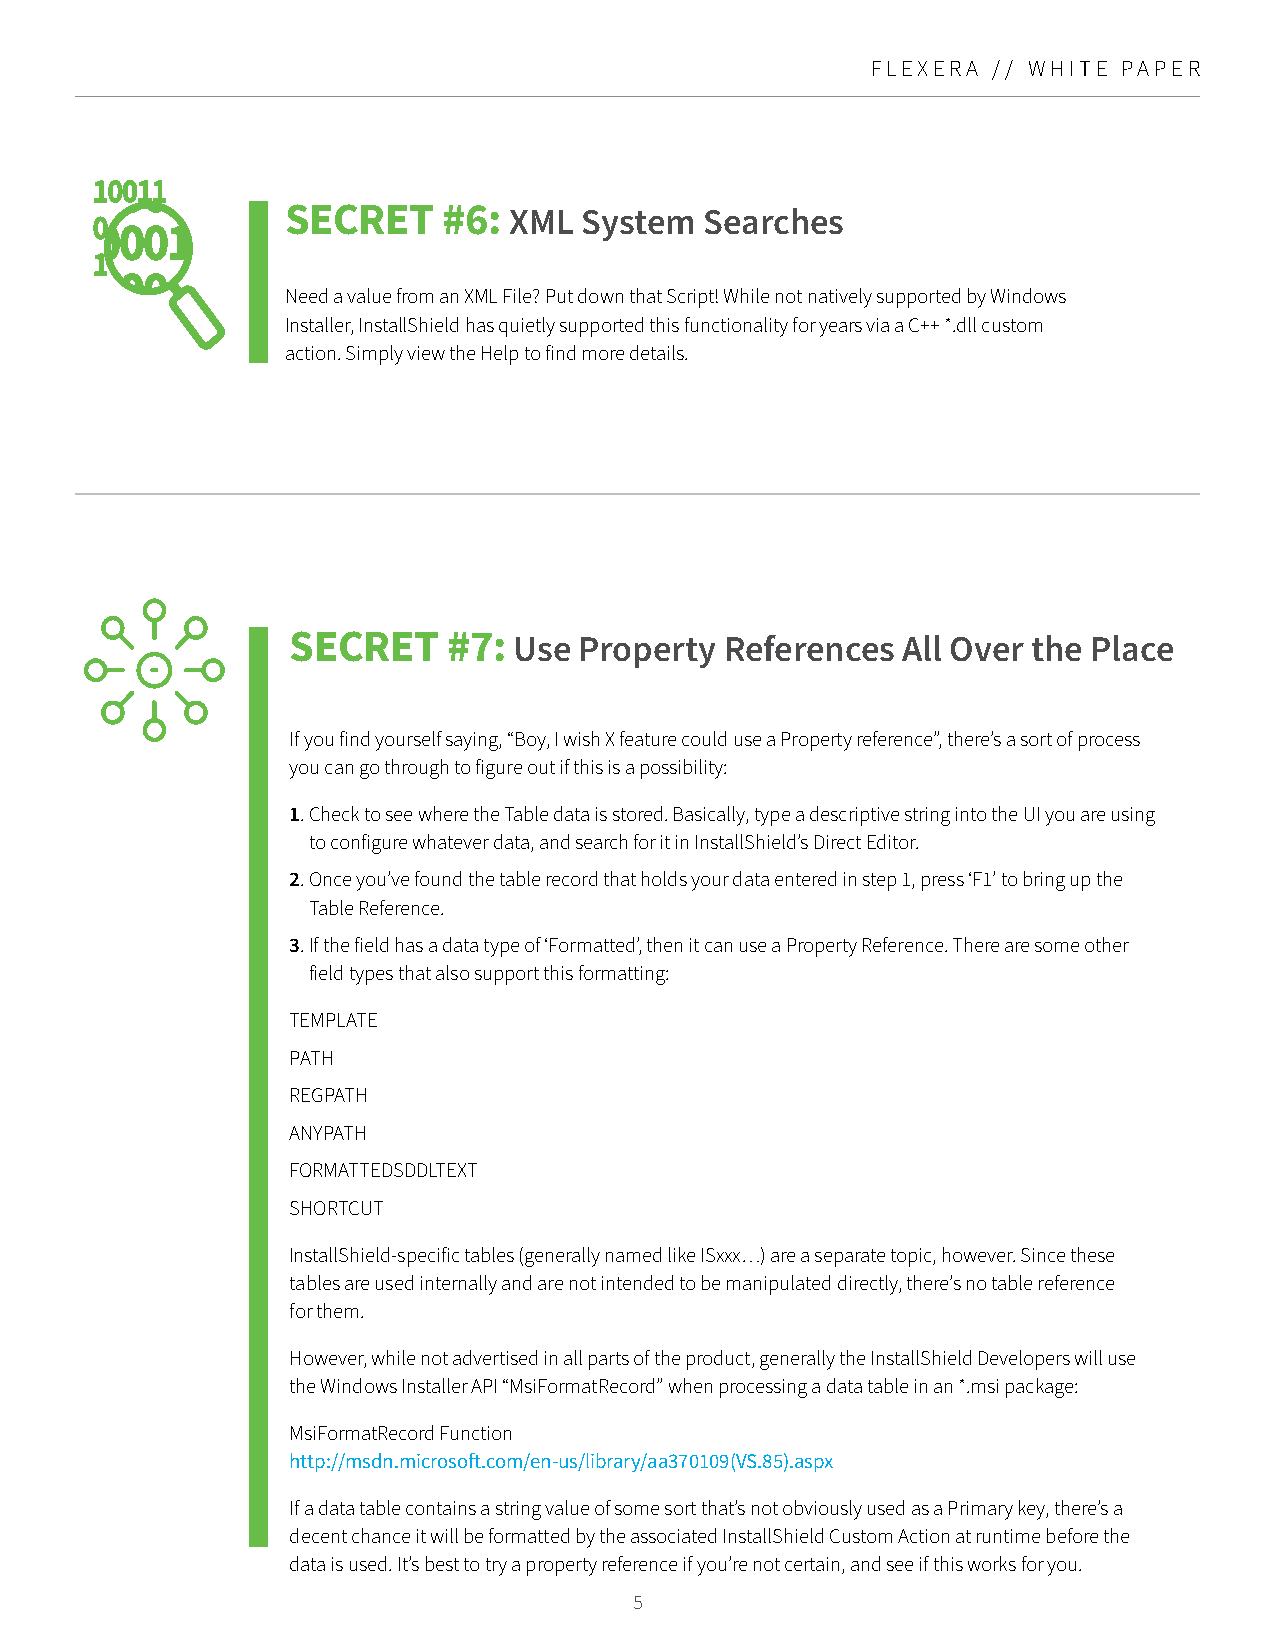
FLEXERA // WHITE PAPER
 10011
 SECRET    #6:
 XML System   Searches
 0
 0001
 1
 100
 Need a value from an XML File? Put down that Script! While not natively supported by Windows
 Installer, InstallShield has quietly supported this functionality for years via a C++ *.dll custom
 action. Simply view the Help to find more details.
 SECRET     #7:
 Use Property  References  All Over the Place
 If you find yourself saying, “Boy, I wish X feature could use a Property reference”, there’s a sort of process
 you can go through to figure out if this is a possibility:
 1. C heck to see where the Table data is stored. Basically, type a descriptive string into the UI you are using
 to configure whatever data, and search for it in InstallShield’s Direct Editor.
 2. O nce you’ve found the table record that holds your data entered in step 1, press ‘F1’ to bring up the
 Table Reference.
 3. I f the field has a data type of ‘Formatted’, then it can use a Property Reference. There are some other
 field types that also support this formatting:
 TEMPLATE
 PATH
 REGPATH
 ANYPATH
 FORMATTEDSDDLTEXT
 SHORTCUT
 InstallShield-specific tables (generally named like ISxxx…) are a separate topic, however. Since these
 tables are used internally and are not intended to be manipulated directly, there’s no table reference
 for them.
 However, while not advertised in all parts of the product, generally the InstallShield Developers will use
 the Windows Installer API “MsiFormatRecord” when processing a data table in an *.msi package:
 MsiFormatRecord Function
 http://msdn.microsoft.com/en-us/library/aa370109(VS.85).aspx
 If a data table contains a string value of some sort that’s not obviously used as a Primary key, there’s a
 decent chance it will be formatted by the associated InstallShield Custom Action at runtime before the
 data is used. It’s best to try a property reference if you’re not certain, and see if this works for you.
 5